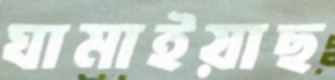
ঘামাইয়াছ